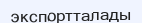
экспортталады